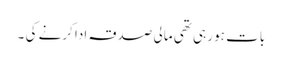
بات ہو رہی تھی مالی صدقہ ادا کرنے کی ۔